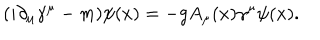
( i \partial _ { \mu } \gamma ^ { \mu } - m ) \psi ( x ) = - g A _ { \mu } ( x ) \gamma ^ { \mu } \psi ( x ) .